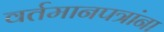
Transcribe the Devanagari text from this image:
वर्तमानपत्रांना